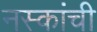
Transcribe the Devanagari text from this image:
नस्कांची